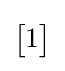
\textstyle {\begin{bmatrix}1\end{bmatrix}}